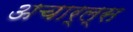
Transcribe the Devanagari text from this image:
अचार्ल्स